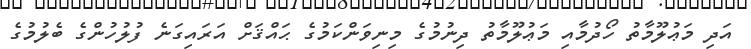
އަދި މަޢުލޫމާތު ހޯދުމާއި މަޢުލޫމާތު ދިނުމުގެ މިނިވަންކަމުގެ ޙައްޤަށް އަރައިގަނެ ފުލުހުންގެ ބެލުމުގެ